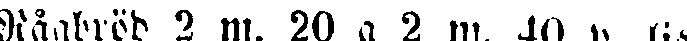
Rågbröd 2 m. 20 a 2 m. 40 p. kis